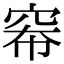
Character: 𪩶